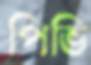
পিভি